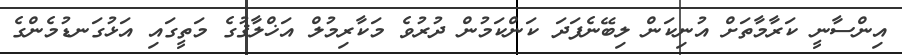
އިންސާނީ ކަރާމާތަށް އުނިކަން ލިބޭނެފަދަ ކަންކަމުން ދުރުވެ މަކާރިމުލް އަޚްލާޤުގެ މަތީގައި އަޅުގަނޑުމެންގެ